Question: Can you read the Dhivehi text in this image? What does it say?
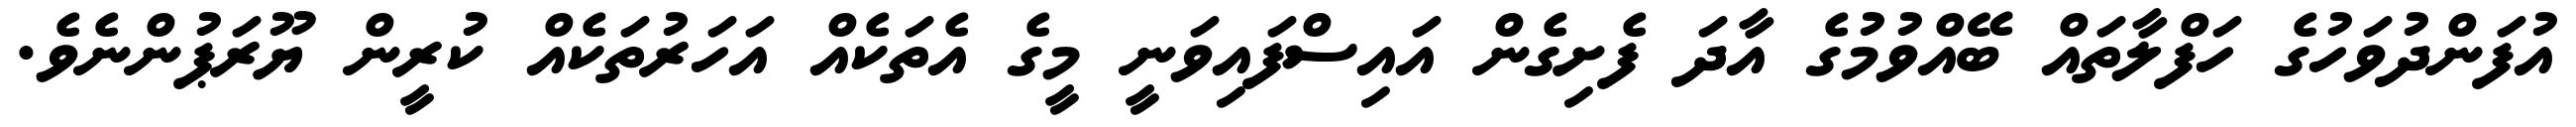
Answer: އުފަންދުވަހުގެ ހަފްލާތައް ބޭއްވުމުގެ އާދަ ފެށިގެން އައިސްފައިވަނީ މީގެ އެތަކެއް އަހަރުތަކެއް ކުރީން ޔޫރަޕުންނެވެ.